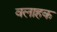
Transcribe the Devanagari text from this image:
वलाहक